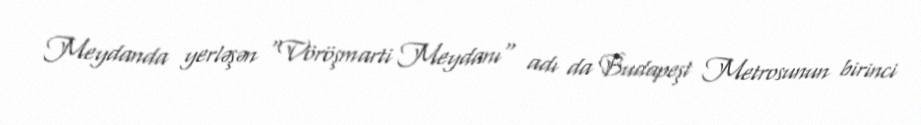
Meydanda yerləşən "Vöröşmarti Meydanı" adı da Budapeşt Metrosunun birinci